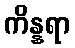
ကိန္နရာ